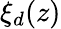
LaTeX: \xi_{d}(z)